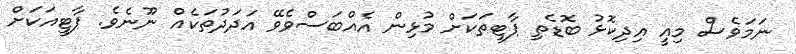
ނަމަވެސް މިއީ އިދިކޮޅު ބޮޑެތި ޕާޓީތަކަށް މުޅިން އެއްބަސްވެވޭ އަދަދުތަކެއް ނޫނެވެ. ޕާޓީއަކަށް